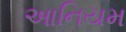
આનિયમ